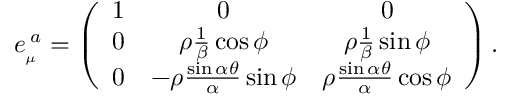
e _ { _ { \mu } } ^ { \; a } = \left( \begin{array} { c c c } { { 1 } } & { { 0 } } & { { 0 } } \\ { { 0 } } & { { \rho \frac { 1 } { \beta } \cos \phi } } & { { \rho \frac { 1 } { \beta } \sin \phi } } \\ { { 0 } } & { { - \rho \frac { \sin \alpha \theta } { \alpha } \sin \phi } } & { { \rho \frac { \sin \alpha \theta } { \alpha } \cos \phi } } \end{array} \right) .